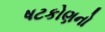
ષટકોણનો